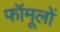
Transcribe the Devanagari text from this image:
फॉमूलों